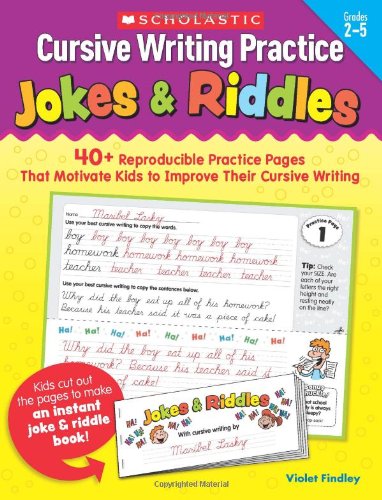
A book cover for Cursive Writing Practice: Jokes & Riddles: 40+ Reproducible Practice Pages That Motivate Kids to Improve Their Cursive Writing; Violet Findley; Education & Teaching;